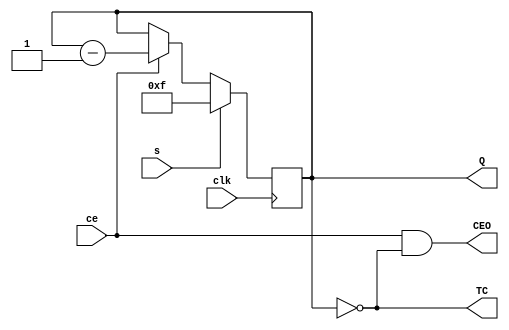
`ifndef m
	`define m 4
`endif
module VCBDmSE(input ce,  output reg [`m-1:0] Q = (1 << `m)-1,
               input clk, output wire TC,
               input s,   output wire CEO);
	assign TC  = (Q == 0);
	assign CEO = ce & TC;
	always @(posedge clk) begin
		Q <= s ? ((1<<`m)-1) : (ce ? Q-1 : Q) ;
	end
endmodule